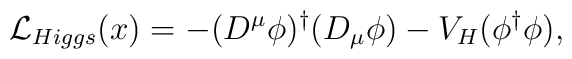
{\cal L}_{Higgs} (x) =- (D^{\mu} \phi )^{\dagger} (D_{\mu} \phi) - V_{H} (\phi^{\dagger} \phi) ,